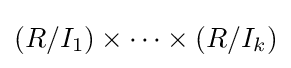
(R/I_{1})\times \cdots \times (R/I_{k})